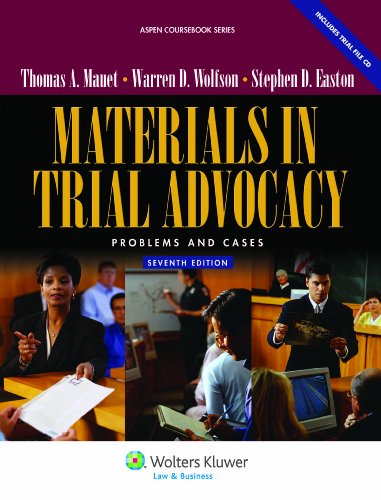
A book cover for Materials in Trial Advocacy: Problems & Cases, 7th Edition (Aspen Coursebooks); Thomas A. Mauet; Law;